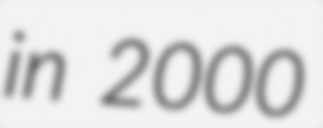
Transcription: in 2000